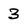
Character: 3